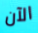
الآن